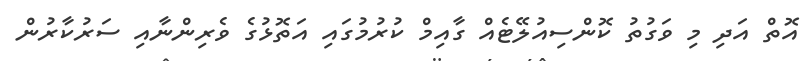
އޮތް އަދި މި ވަގުތު ކޮންސިއުލޭޓެއް ގާއިމް ކުރުމުގައި އަތޮޅުގެ ވެރިންނާއި ސަރުކާރުން